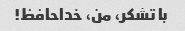
با تشکر، من، خداحافظ!